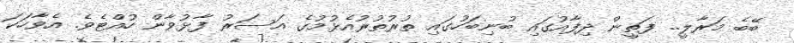
ބޭބެ މަރާލީ.. ފަތީން ދިފާއުގައި ބުނިބަހުގައި ތުރުތުރުއެޅުމުގެ އަސަރު ފާޅުވާން ހުއްޓެވެ. އެވާހަކަ